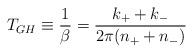
LaTeX: \begin{align*}T_{GH} \equiv \frac{1}{\beta} = \frac{k_+ + k_-}{2\pi(n_++n_-)}\end{align*}